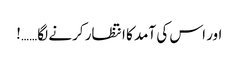
اور اس کی آمد کا انتظار کرنے لگا……!